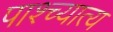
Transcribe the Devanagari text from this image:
पाश्च्यात्य